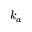
k _ { a }